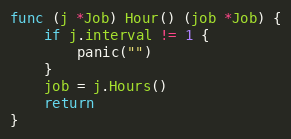
Language: Go
func (j *Job) Hour() (job *Job) {
	if j.interval != 1 {
		panic("")
	}
	job = j.Hours()
	return
}